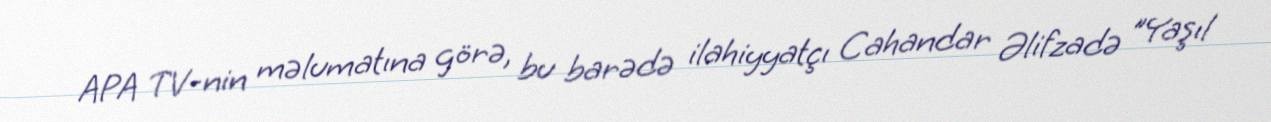
APA TV-nin məlumatına görə, bu barədə ilahiyyatçı Cahandar Əlifzadə "Yaşıl